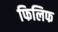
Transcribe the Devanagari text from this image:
फिलिफ